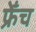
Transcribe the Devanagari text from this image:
फ्रेँच